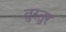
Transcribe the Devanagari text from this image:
तुरतुर